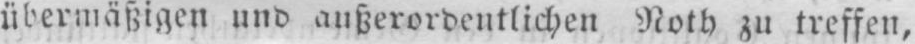
übermäßigen und außerordentlichen Noth zu treffen,